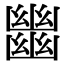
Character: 𢇕